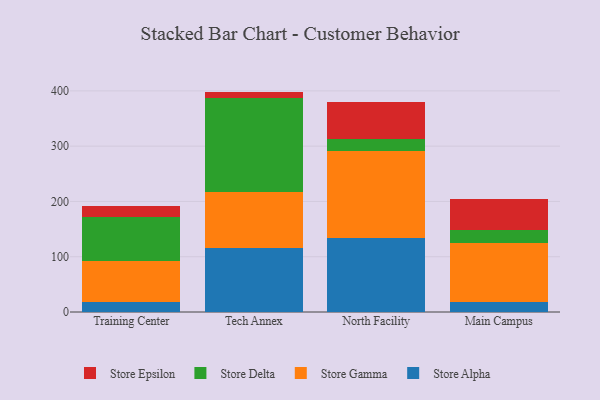
{"axis": {"x": "Campus", "y": "Conversion Rate (%)"}, "legend": ["Store Alpha", "Store Delta", "Store Epsilon", "Store Gamma"], "data": [{"x": "Training Center", "y": 17.5, "type": "Store Alpha"}, {"x": "Training Center", "y": 74.5, "type": "Store Gamma"}, {"x": "Training Center", "y": 79.5, "type": "Store Delta"}, {"x": "Training Center", "y": 19.7, "type": "Store Epsilon"}, {"x": "Tech Annex", "y": 116.3, "type": "Store Alpha"}, {"x": "Tech Annex", "y": 100.8, "type": "Store Gamma"}, {"x": "Tech Annex", "y": 169.5, "type": "Store Delta"}, {"x": "Tech Annex", "y": 12.1, "type": "Store Epsilon"}, {"x": "North Facility", "y": 134.7, "type": "Store Alpha"}, {"x": "North Facility", "y": 156.8, "type": "Store Gamma"}, {"x": "North Facility", "y": 21.1, "type": "Store Delta"}, {"x": "North Facility", "y": 66.9, "type": "Store Epsilon"}, {"x": "Main Campus", "y": 17.4, "type": "Store Alpha"}, {"x": "Main Campus", "y": 108.3, "type": "Store Gamma"}, {"x": "Main Campus", "y": 23.3, "type": "Store Delta"}, {"x": "Main Campus", "y": 55.9, "type": "Store Epsilon"}]}